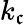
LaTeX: k_{\mathfrak{c}}